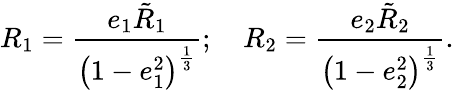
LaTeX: R_{1}=\displaystyle\frac{e_{1}\tilde{R}_{1}}{\left(1-e_{1}^{2}\right)^{\frac{1}{3}}};\quad R_{2}=\displaystyle\frac{e_{2}\tilde{R}_{2}}{\left(1-e_{2}^{2}\right)^{\frac{1}{3}}}.